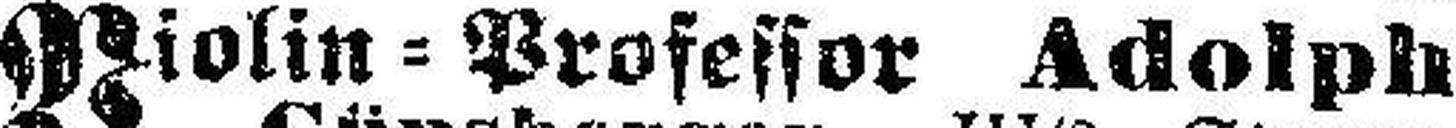
Violin=Professor Adolph